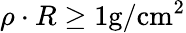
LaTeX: \rho\cdot R\geq 1\mathrm{g}/\mathrm{cm}^{2}